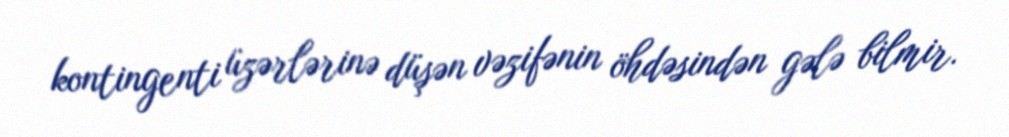
kontingenti üzərlərinə düşən vəzifənin öhdəsindən gələ bilmir.